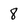
Character: 8